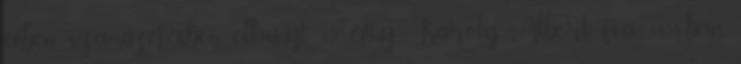
évben száműzetésben elhunyt. 12 évig Károly Albert fia. 1858-ban,